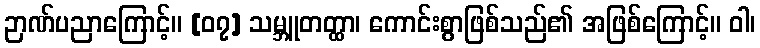
ဉာဏ်ပညာကြောင့်။ [၀၇] သမ္ဘူတတ္ထာ၊ ကောင်းစွာဖြစ်သည်၏ အဖြစ်ကြောင့်။ ဝါ၊